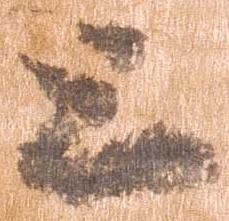
上